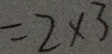
= 2 \times 3